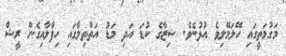
މަގުމަތީގައި ހޭލަމޭލިވެ އުޅުނެވެ. ޝިޒާގެ ކުޑަ އަދި މަޑު އަތްތިލާގައި ހިފާލާއިގެން ރީޝް